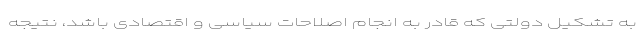
به تشکیل دولتی که قادر به انجام اصلاحات سیاسی و اقتصادی باشد، نتیجه